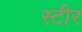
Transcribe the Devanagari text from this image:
स्टीर